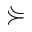
\curlyeqsucc